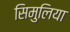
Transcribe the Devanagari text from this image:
सिमुलिया